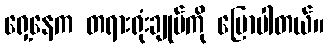
ရှေ့နေက တရားရုံးချုပ်ကို ပြောပါတယ်။